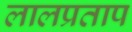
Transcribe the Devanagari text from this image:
लालप्रताप